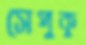
সেপুকু